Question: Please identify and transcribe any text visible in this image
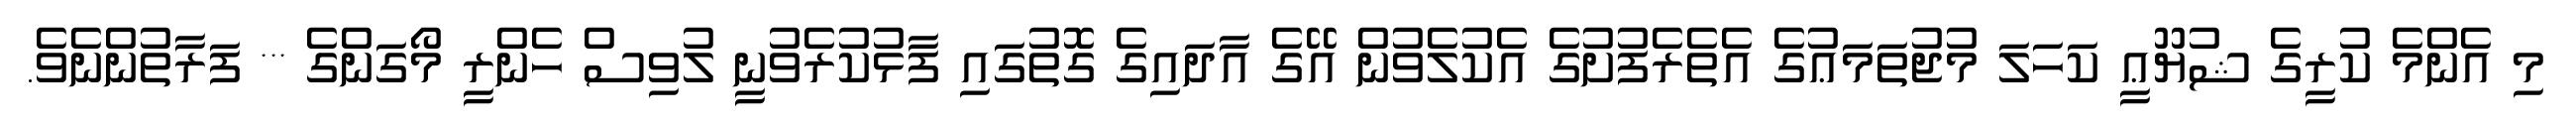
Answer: މި އެންމެ ކުރީގެ ޝުޔޫޢީ ކަހަލަ މުޖުތަމަޢުގެ އެތެރެފުށުގެ އެކުލެވުން އޭގެ އާދައިގެ ގޮތުގައި ފާޅުކުރެވުނީ ލުވިސް ހެންރީ މޯގަންގެ *** ފަރާތުންނެވެ.